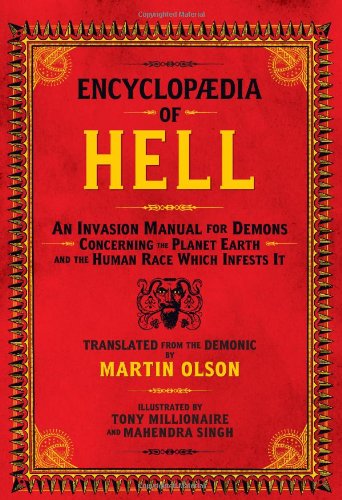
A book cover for Encyclopaedia of Hell: An Invasion Manual for Demons Concerning the Planet Earth and the Human Race Which Infests It; Martin Olson; Humor & Entertainment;